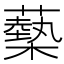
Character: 𧁈